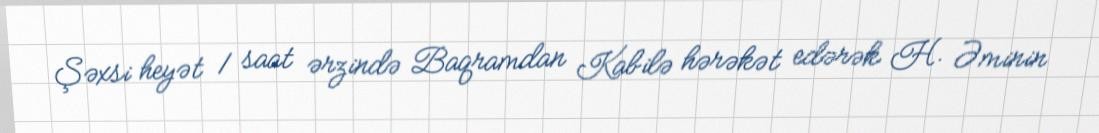
Şəxsi heyət 1 saat ərzində Baqramdan Kabilə hərəkət edərək H. Əminin